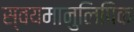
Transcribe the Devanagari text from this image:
स्वयमानुलिपिक